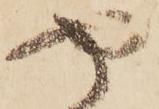
や